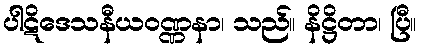
ပါဋိဒေသနီယဝဏ္ဏနာ၊ သည်။ နိဋ္ဌိတာ၊ ပြီ။